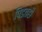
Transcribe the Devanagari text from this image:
पिडतही